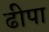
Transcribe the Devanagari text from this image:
ढीपा